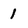
Character: 1